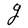
Character: g